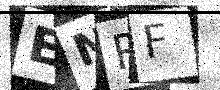
Text: ENRF